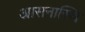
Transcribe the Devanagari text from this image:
आसनास्थि